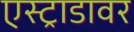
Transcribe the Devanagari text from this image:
एस्ट्राडावर